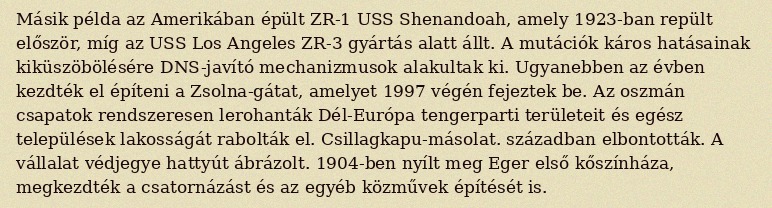
Másik példa az Amerikában épült ZR-1 USS Shenandoah, amely 1923-ban repült először, míg az USS Los Angeles ZR-3 gyártás alatt állt. A mutációk káros hatásainak kiküszöbölésére DNS-javító mechanizmusok alakultak ki. Ugyanebben az évben kezdték el építeni a Zsolna-gátat, amelyet 1997 végén fejeztek be. Az oszmán csapatok rendszeresen lerohanták Dél-Európa tengerparti területeit és egész települések lakosságát rabolták el. Csillagkapu-másolat. században elbontották. A vállalat védjegye hattyút ábrázolt. 1904-ben nyílt meg Eger első kőszínháza, megkezdték a csatornázást és az egyéb közművek építését is.